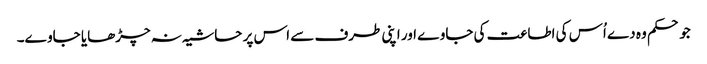
جو حکم وہ دے اُس کی اطاعت کی جاوے اور اپنی طرف سے اس پر حاشیہ نہ چڑھایا جاوے۔